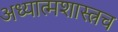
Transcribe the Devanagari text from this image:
अध्यात्मशास्त्रच